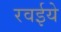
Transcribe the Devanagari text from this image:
रवईये